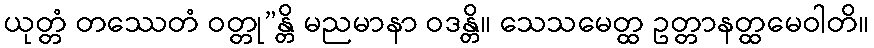
ယုတ္တံ တဿေတံ ဝတ္တု”န္တိ မညမာနာ ဝဒန္တိ။ သေသမေတ္ထ ဥတ္တာနတ္ထမေဝါတိ။